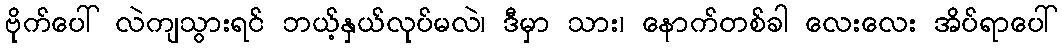
ဗိုက်ပေါ် လဲကျသွားရင် ဘယ့်နှယ်လုပ်မလဲ၊ ဒီမှာ သား၊ နောက်တစ်ခါ လေးလေး အိပ်ရာပေါ်